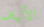
الألياف